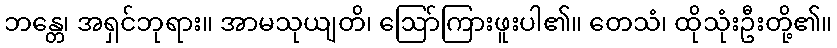
ဘန္တေ၊ အရှင်ဘုရား။ အာမသုယျတိ၊ ဩော်ကြားဖူးပါ၏။ တေသံ၊ ထိုသုံးဦးတို့၏။